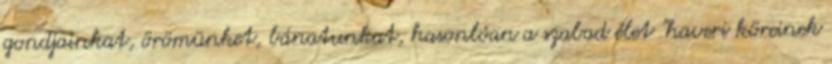
gondjainkat, örömünket, bánatunkat, hasonlóan a szabad élet "haveri köreinek